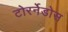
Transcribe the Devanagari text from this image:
टोरर्नेडोस